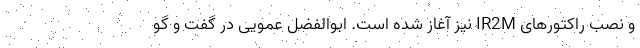
و نصب راکتورهای IR2M نیز آغاز شده است. ابوالفضل عمویی در گفت و گو